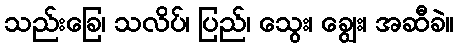
သည်းခြေ၊ သလိပ်၊ ပြည်၊ သွေး၊ ချွေး၊ အဆီခဲ။